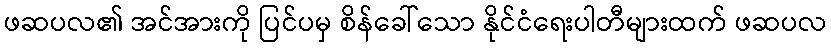
ဖဆပလ၏ အင်အားကို ပြင်ပမှ စိန်ခေါ်သော နိုင်ငံရေးပါတီများထက် ဖဆပလ